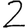
Digit: 2